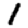
Digit: 1